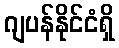
ဂျပန်နိုင်ငံရှိ